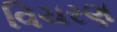
વિચરણ